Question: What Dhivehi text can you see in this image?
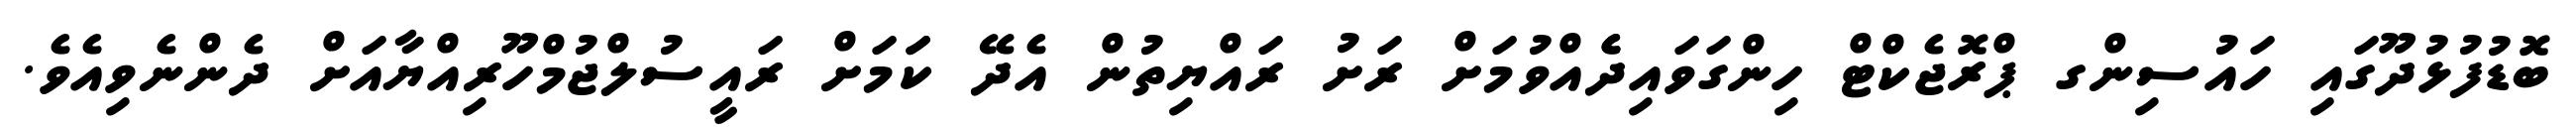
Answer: ބޮޑުފުޅުދޫގައި ހައުސިންގ ޕްރޮޖެކްޓް ހިންގަވައިދެެއްވުމަށް ރަށު ރައްޔިތުން އެދޭ ކަަމަށް ރައީސުލްޖުމްހޫރިއްޔާއަށް ދެންނެވިއެވެ.